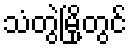
သံတွဲမြို့တွင်